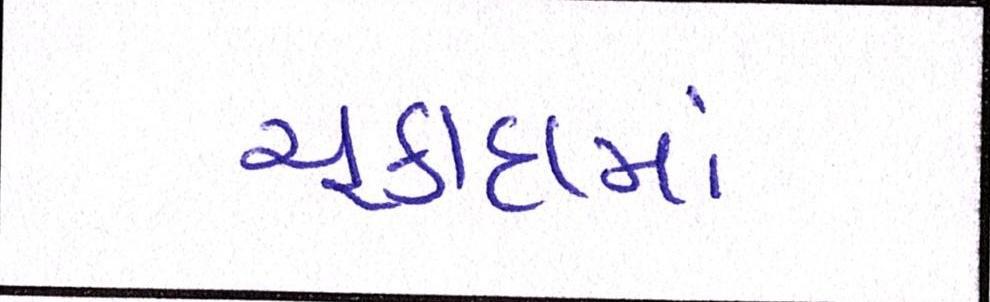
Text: ચૂકાદામાં